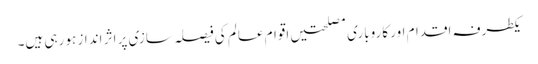
یکطرفہ اقدام اور کاروباری مصلحتیں اقوام عالم کی فیصلہ سازی پر اثر انداز ہو رہی ہیں۔